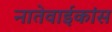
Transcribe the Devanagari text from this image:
नातेवाईकांस